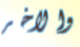
والاخر